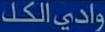
وادي الكل